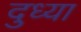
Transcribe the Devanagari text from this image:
दुध्या